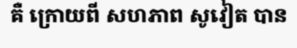
គឺ ក្រោយពី សហភាព សូវៀត បាន